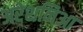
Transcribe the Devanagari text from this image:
अरेशनिआ